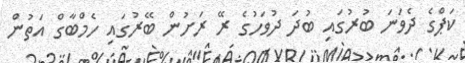
ކަޕްގެ ދެވަނަ ބުރުގައި ބުދަ ދުވަހުގެ ރޭ ރަށުން ބޭރުގައި ހެމްބާގް އަތުން